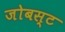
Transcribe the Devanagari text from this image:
जोबस्ट